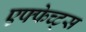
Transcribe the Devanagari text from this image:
एफ्फेच्ट्स